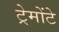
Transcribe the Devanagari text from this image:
ट्रेमोंटे